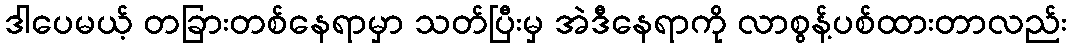
ဒါပေမယ့် တခြားတစ်နေရာမှာ သတ်ပြီးမှ အဲဒီနေရာကို လာစွန့်ပစ်ထားတာလည်း